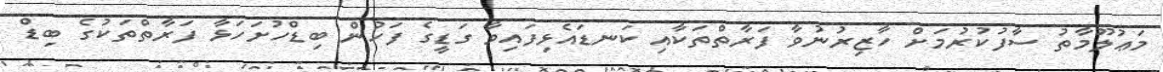
މަޢުލޫމާތު ސާފުކުރުމަށް ހާޒިރުނުވާ ފަރާތްތަކާއި ކަނޑައެޅިފައިވާ ގަޑީގެ ފަހުން ބިޑްހުށަހަޅާ ފަރާތްތަކުގެ ބިޑް